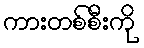
ကားတစ်စီးကို